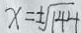
x = \pm \sqrt { 1 4 4 }